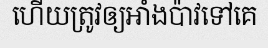
ហើយត្រូវឲ្យអាំងប៉ាវទៅគេ